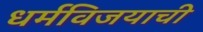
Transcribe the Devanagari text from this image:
धर्मविजयाची